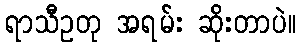
ရာသီဥတု အရမ်း ဆိုးတာပဲ။